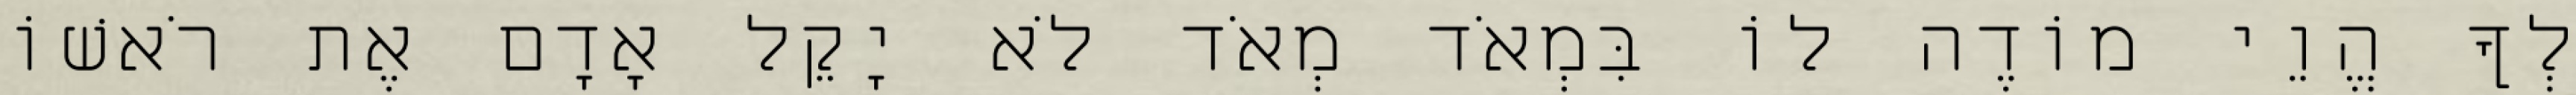
לְךָ הֱוֵי מוֹדֶה לוֹ בִּמְאֹד מְאֹד לֹא יָקֵל אָדָם אֶת רֹאשׁוֹ